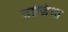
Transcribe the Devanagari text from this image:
ताज़िआ